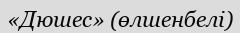
«Дюшес» (өлшенбелі)